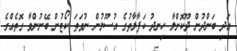
އަދި ބަންދުން ދޫކޮށްލާ ހިނދު ކަފާލާތުގެ އުސޫލުން ނުވަތަ ކޯޓުން ބޭނުންވާ ގޮތެއްގެ